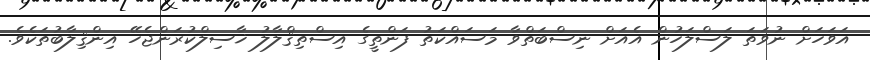
އަވަހަށް ނުވަތަ ލަސްލަހުން އެއަށް ނިސްބަތްވާ މަސައްކަތު ފަންތީގެ އިސްތިޤްލާލު ޚާސިލްކުރަންޖެހޭ އިންޤިލާބުތަކެވެ.